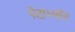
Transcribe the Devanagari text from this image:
पेंटाथ्लॉन